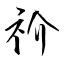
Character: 祄